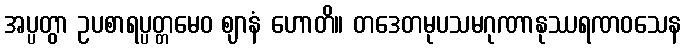
အပ္ပတွာ ဥပစာရပ္ပတ္တမေဝ ဈာနံ ဟောတိ။ တဒေတမုပသမဂုဏာနုဿရဏဝသေန